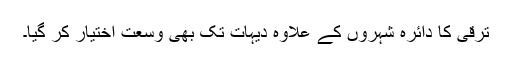
ترقی کا دائرہ شہروں کے علاوہ دیہات تک بھی وسعت اختیار کر گیا۔